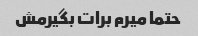
حتما میرم برات بگیرمش